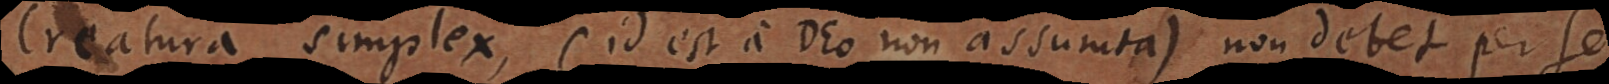
Creatura simplex (id est a Deo non assumta), non debet per se